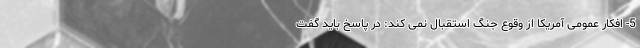
5- افکار عمومی آمریکا از وقوع جنگ استقبال نمی کند: در پاسخ باید گفت